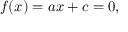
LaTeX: f ( x ) = a x + c = 0 ,